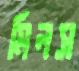
মিলস